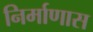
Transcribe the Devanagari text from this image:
निर्माणास